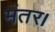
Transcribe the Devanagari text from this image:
मंतर।